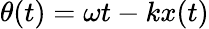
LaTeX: \theta(t)=\omega t-kx(t)